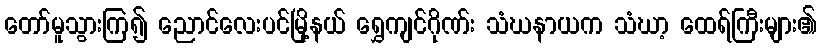
တော်မူသွားကြ၍ ညောင်လေးပင်မြို့နယ် ရွှေကျင်ဂိုဏ်း သံဃနာယက သံဃာ့ ထေရ်ကြီးများ၏